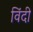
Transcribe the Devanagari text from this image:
विंदी